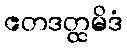
ဧတဒတ္ထမိဒံ